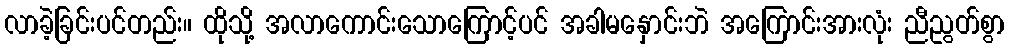
လာခဲ့ခြင်းပင်တည်း။ ထိုသို့ အလာကောင်းသောကြောင့်ပင် အခါမနှောင်းဘဲ အကြောင်းအားလုံး ညီညွတ်စွာ